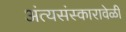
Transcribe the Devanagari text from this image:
अंत्यसंस्कारावेळी